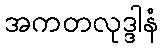
အကတလုဒ္ဒါနံ